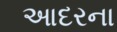
આદરના